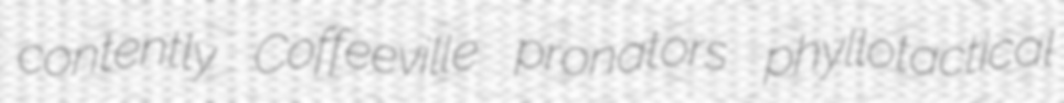
contently Coffeeville pronators phyllotactical